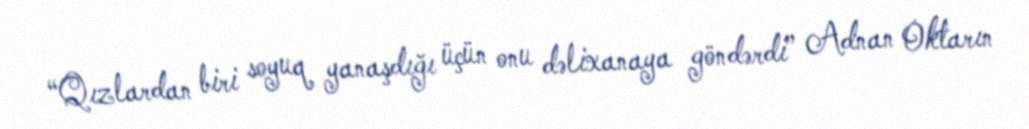
“Qızlardan biri soyuq yanaşdığı üçün onu dəlixanaya göndərdi” Adnan Oktarın